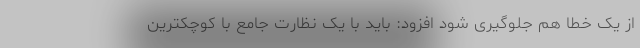
از یک خطا هم جلوگیری شود افزود: باید با یک نظارت جامع با کوچکترین